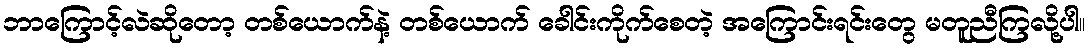
ဘာကြောင့်လဲဆိုတော့ တစ်ယောက်နဲ့ တစ်ယောက် ခေါင်းကိုက်စေတဲ့ အကြောင်းရင်းတွေ မတူညီကြလို့ပါ။